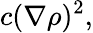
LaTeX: c(\nabla\rho)^{2},